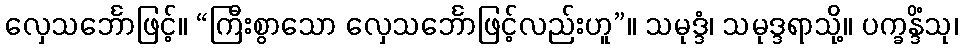
လှေသင်္ဘောဖြင့်။ “ကြီးစွာသော လှေသင်္ဘောဖြင့်လည်းဟူ”။ သမုဒ္ဒံ၊ သမုဒ္ဒရာသို့။ ပက္ခန္ဒိံသု၊